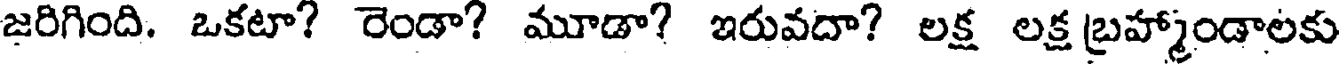
జరిగింది. ఒకటా? రెండా? మూడా? ఇరువదా? లక్ష లక్ష బ్రహ్మాండాలకు